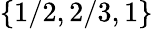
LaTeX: \{ 1/2,2/3,1\}